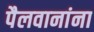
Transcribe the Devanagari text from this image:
पैलवानांना